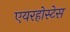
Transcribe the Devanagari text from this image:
एयरहोस्टेस